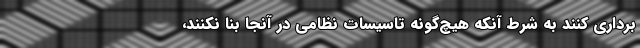
برداری کنند به شرط آنکه هیچ‌گونه تاسیسات نظامی در آنجا بنا نکنند،